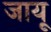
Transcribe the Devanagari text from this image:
जायू